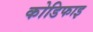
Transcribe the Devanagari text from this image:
कोडिफाइ